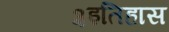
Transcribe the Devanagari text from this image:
३इतिहास